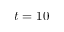
t = 1 0